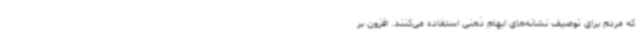
که مردم برای توصیف نشانه‌های ابهام ذهنی استفاده می‌کنند. افزون بر